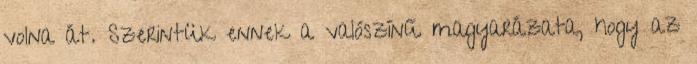
volna át. Szerintük ennek a valószínű magyarázata, hogy az